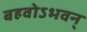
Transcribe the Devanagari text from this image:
बहवोऽभवन्